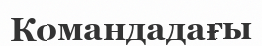
Командадағы